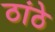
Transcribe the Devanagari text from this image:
ठांठे